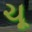
ચૂ